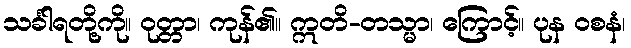
သင်္ခါရတို့ကို။ ဝုတ္တာ၊ ကုန်၏။ ဣတိ-တသ္မာ၊ ကြောင့်။ ပုန ဝစနံ၊